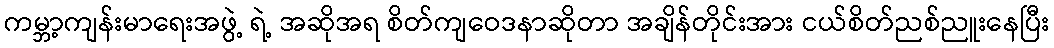
ကမ္ဘာ့ကျန်းမာရေးအဖွဲ့ ရဲ့ အဆိုအရ စိတ်ကျဝေဒနာဆိုတာ အချိန်တိုင်းအား ငယ်စိတ်ညစ်ညူးနေပြီး